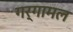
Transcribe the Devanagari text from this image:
गर्गामल